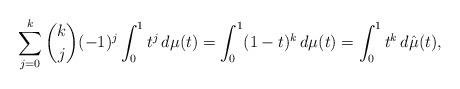
LaTeX: \begin{align*}\sum_{j=0}^k \binom{k}{j} (-1)^j\int_0^1 t^j\,d\mu(t) = \int_0^1 (1-t)^k \,d\mu(t) = \int_0^1 t^k \,d\hat \mu(t),\end{align*}